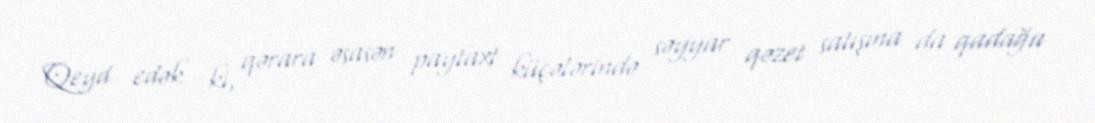
Qeyd edək ki, qərara əsasən paytaxt küçələrində səyyar qəzet satışına da qadağa